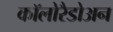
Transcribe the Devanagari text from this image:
कॉलोरैडोअन